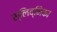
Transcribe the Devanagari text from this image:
स्लिव्निका